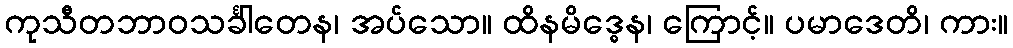
ကုသီတဘာဝသင်္ခါတေန၊ အပ်သော။ ထိနမိဒ္ဓေန၊ ကြောင့်။ ပမာဒေတိ၊ ကား။